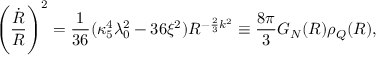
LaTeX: \left( { \frac { \dot { R } } { R } } \right) ^ { 2 } = { \frac { 1 } { 3 6 } } ( \kappa _ { 5 } ^ { 4 } \lambda _ { 0 } ^ { 2 } - 3 6 \xi ^ { 2 } ) R ^ { - { \frac { 2 } { 3 } } k ^ { 2 } } \equiv { \frac { 8 \pi } { 3 } } G _ { N } ( R ) \rho _ { Q } ( R ) ,